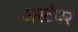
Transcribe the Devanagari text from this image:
अस्टेयर